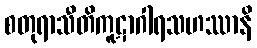
စတုရာသီတိကူဋာဂါရသဟဿာနိ